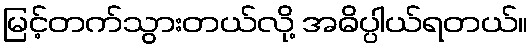
မြင့်တက်သွားတယ်လို့ အဓိပ္ပါယ်ရတယ်။